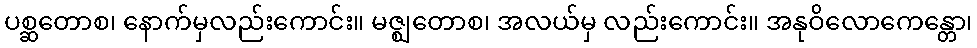
ပစ္ဆတောစ၊ နောက်မှလည်းကောင်း။ မဇ္ဈတောစ၊ အလယ်မှ လည်းကောင်း။ အနုဝိလောကေန္တော၊